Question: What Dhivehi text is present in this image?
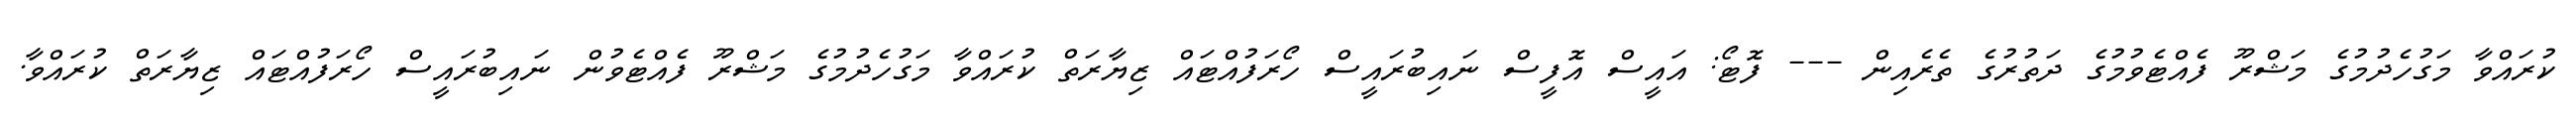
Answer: ކުރައްވާ މަގުހެދުމުގެ މަޝްރޫ ފެއްޓެވުމުގެ ދަތުރުގެ ތެރެއިން --- ފޮޓޯ: އައީސް އޮފީސް ނައިބުރައީސް ހޯރަފުއްޓައް ޒިޔާރަތް ކުރައްވާ މަގުހެދުމުގެ މަޝްރޫ ފެއްޓެވުން ނައިބުރައީސް ހޯރަފުއްޓައް ޒިޔާރަތް ކުރައްވާ.